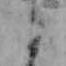
か